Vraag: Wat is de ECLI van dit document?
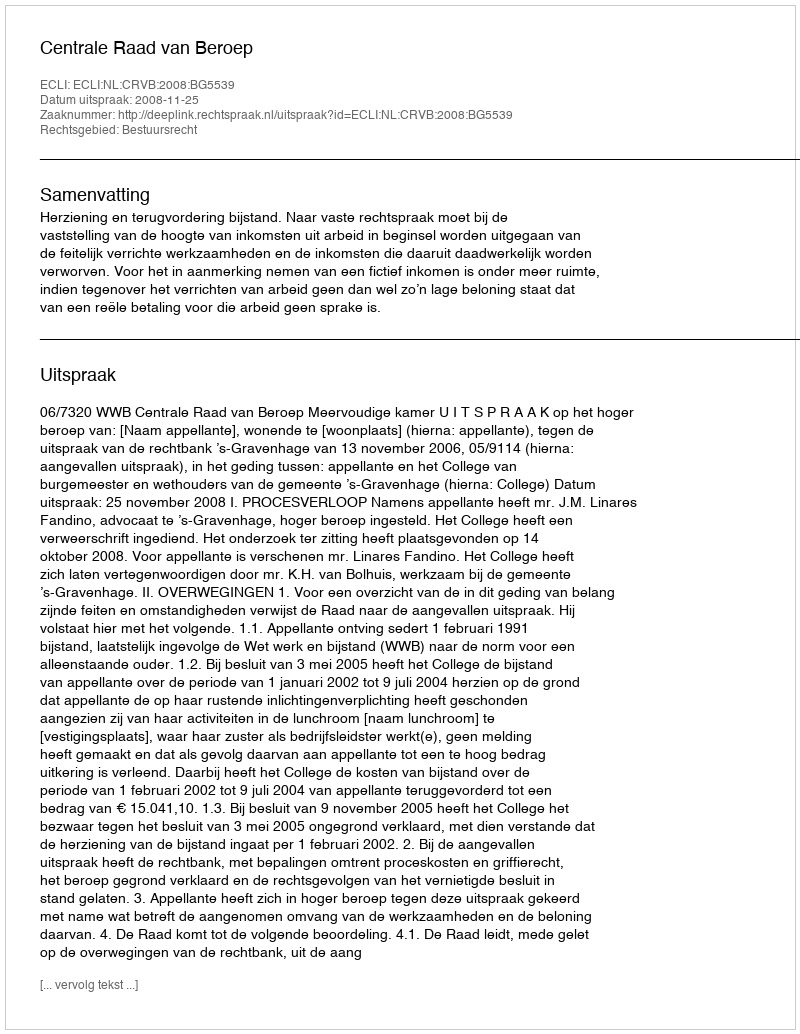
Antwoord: ECLI:NL:CRVB:2008:BG5539